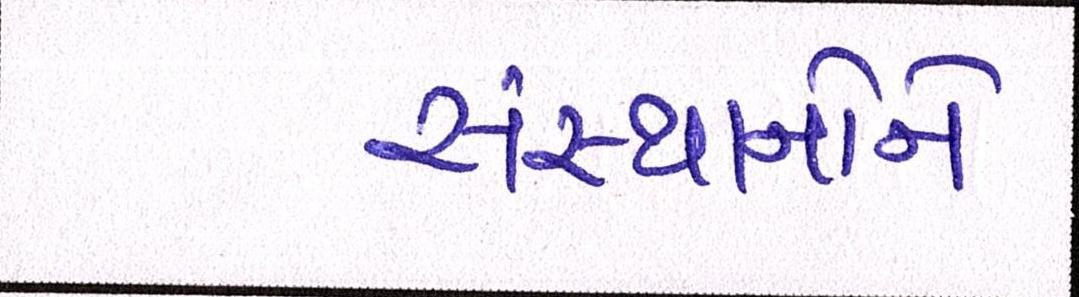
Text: સંસ્થાનોને